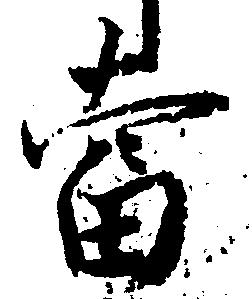
当